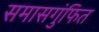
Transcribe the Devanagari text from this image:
समासगुंफित